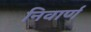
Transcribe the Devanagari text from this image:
निवार्ण